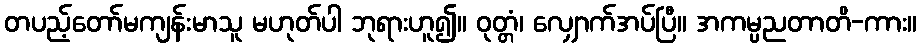
တပည့်တော်မကျန်းမာသူ မဟုတ်ပါ ဘုရားဟူ၍။ ဝုတ္တံ၊ လျှောက်အပ်ပြီ။ အကမ္ပညတာတိ-ကား။